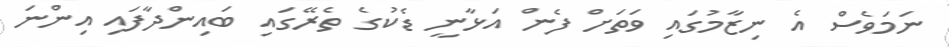
ނަމަވެސް އެ ނިޒާމުގައި ވަތަށް ފެން އަޅާނީ ޑެކުގެ ތެރޭގައި ބައިންދާފައި އިންނަ